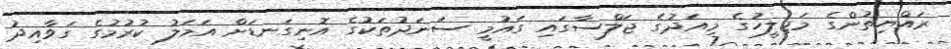
ރައްޔިތުންގެ މަޖިލީހުގެ މިއަދުގެ ޖަލްސާގައި ގައުމީ ސަނަދުތަކުގެ އޮނިގަނޑަށް އަމަލު ކުރުމުގެ ގަވާއިދު